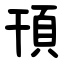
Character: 頇